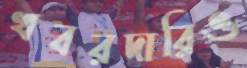
খবরদারিও